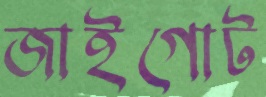
জাইগোট